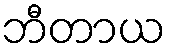
ဘီတာယ